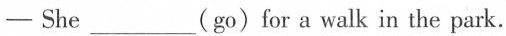
—She ___ (go)for a walk in the park.